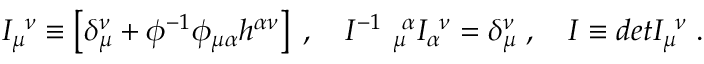
I _ { \mu } ^ { \ \nu } \equiv \left[ \delta _ { \mu } ^ { \nu } + \phi ^ { - 1 } \phi _ { \mu \alpha } h ^ { \alpha \nu } \right] \; , \quad I ^ { - 1 } \ _ { \mu } ^ { \ \alpha } I _ { \alpha } ^ { \ \nu } = \delta _ { \mu } ^ { \nu } \; , \quad I \equiv d e t I _ { \mu } ^ { \ \nu } \; .